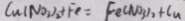
C u ( N O _ { 3 } ) _ { 2 } + F e = F e ( N O _ { 3 } ) _ { 2 } + C u